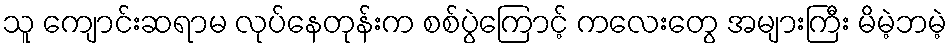
သူ ကျောင်းဆရာမ လုပ်နေတုန်းက စစ်ပွဲကြောင့် ကလေးတွေ အများကြီး မိမဲ့ဘမဲ့